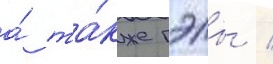
а́ та́кже гэлы /